Annual report of the Imperial Bacteriological Laboratory, Muktesar
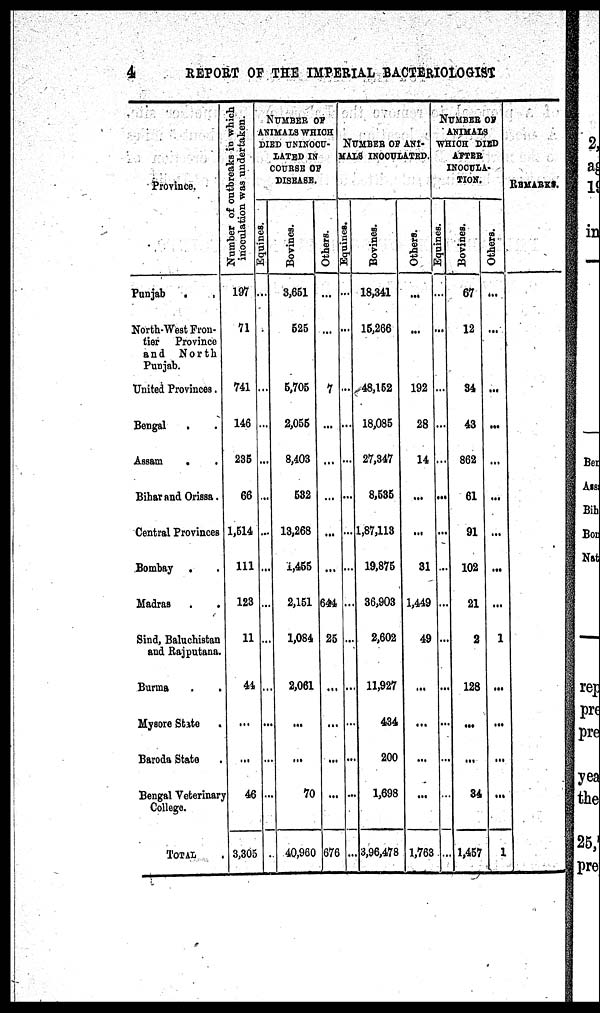
4
REPORT OF THE IMPERIAL BACTERIOLOGIST
Province.
Punjab
.
.
North-West Fron-
tier Province
and
North
Punjab.
United Provinces.
Bengal
Assam
.
Bihar And Orissa.
Central Provinces
Bombay . .
Madras . .
Sind, Baluchistan
and Rajputana.
Burma . .
Mysore State
Baroda State
Bengal Veterinary
College.
TOTAL
Nu mb e
r of o u t b r e a k s in which
inoculation was undertaken.
197
71
741
146
235
66
1,514
111
123
11
44
...
...
46
3,305
Equi nes.
. . .
. . .
. .
...
...
...
...
...
...
NUMBER OF
ANIMALS WHICH
DIED UNINOCU¬
LATED IN
COURSE OF
DISEASE.
Bovines.
3,651
525
5,705
2,055
8,403
532
13,268
1,455
2,151
1,084
2,061
70
40,960
Others.
...
7
...
...
...
...
...
644
25
...
...
...
...
676
Equines.
...
...
...
...
...
...
...
...
NUMBER OF ANI¬
MALS INOCULATED.
Bovines.
18,341
15,266
48,152
18,085
27,347
8,535
1,87,113
19,875
36,903
2,602
11,927
434
200
1,698
3,96,478
Others.
192
28
14
...
...
31
1,449
49
...
...
...
...
1,763
Equinies.
...
...
...
...
...
...
...
NUMBER OF
ANIMALS
WHICH DIED
AFTER
INOCULA-
TION.
Bovines.
67
12
34
43
862
61
91
102
21
2
128
...
...
34
1,457
Others.
...
...
...
...
...
...
...
...
...
1
...
...
...
...
1
REMARKS.